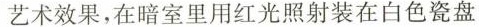
艺术效果，在暗室里用红光照射装在白色瓷盘